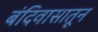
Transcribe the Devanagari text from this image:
बंदिवासातून